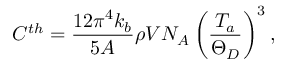
C ^ { t h } = \frac { 1 2 \pi ^ { 4 } k _ { b } } { 5 A } \rho V N _ { A } \left( \frac { T _ { a } } { \Theta _ { D } } \right) ^ { 3 } ,